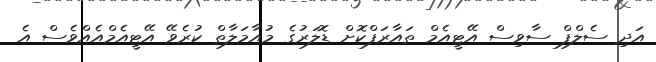
އަދި ސެލްފް ސާވިސް އޭޓީއެމް ތައާރަފްކޮށް ޑޮލަރުގެ މުއާމަލާތް ކުރެވޭ އޭޓީއެމްއެއްވެސް އެ